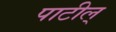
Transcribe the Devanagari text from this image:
पाटील्